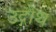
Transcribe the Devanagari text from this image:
उद्गोथ